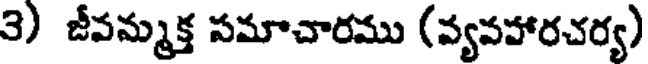
3) జీవమ్మక్త సమాచారము (వ్యవహారచర్య)